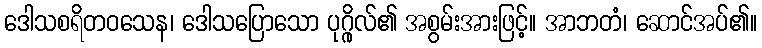
ဒေါသစရိတဝသေန၊ ဒေါသပြောသော ပုဂ္ဂိုလ်၏ အစွမ်းအားဖြင့်။ အာဘတံ၊ ဆောင်အပ်၏။